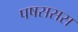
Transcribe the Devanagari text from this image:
पषससस